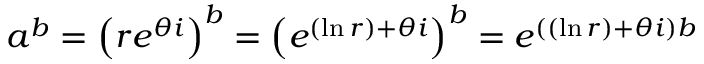
a ^ { b } = \left( r e ^ { \theta i } \right) ^ { b } = \left( e ^ { ( \ln r ) + \theta i } \right) ^ { b } = e ^ { \left( ( \ln r ) + \theta i \right) b }